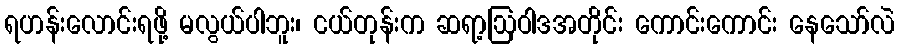
ရဟန်းလောင်းရဖို့ မလွယ်ပါဘူး၊ ငယ်တုန်းက ဆရာ့ဩဝါဒအတိုင်း ကောင်းကောင်း နေသော်လဲ